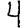
Digit: 4